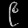
Digit: ၉